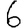
Digit: 6